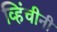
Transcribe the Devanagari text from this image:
व्हिंचीनी